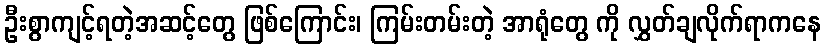
ဦးစွာကျင့်ရတဲ့အဆင့်တွေ ဖြစ်ကြောင်း၊ ကြမ်းတမ်းတဲ့ အာရုံတွေ ကို လွှတ်ချလိုက်ရာကနေ